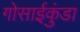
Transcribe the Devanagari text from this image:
गोसाईकुंडा